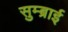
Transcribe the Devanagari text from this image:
सुम्ब्राई